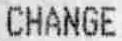
CHANGE